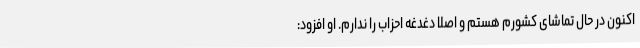
اکنون در حال تماشای کشورم هستم و اصلا دغدغه احزاب را ندارم. او افزود: